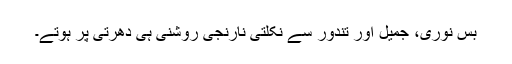
بس نوری، جمیل اور تندور سے نکلتی نارنجی روشنی ہی دھرتی پر ہوتے۔